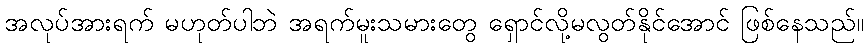
အလုပ်အားရက် မဟုတ်ပါဘဲ အရက်မူးသမားတွေ ရှောင်လို့မလွတ်နိုင်အောင် ဖြစ်နေသည်။